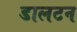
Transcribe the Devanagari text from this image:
डालटन